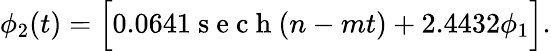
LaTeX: \begin{array}{r}{\phi_{2}(t)=\Big[0.0641\mathrm{~s~e~c~h~}(n-mt)+2.4432\phi_{1}\Big].}\end{array}